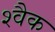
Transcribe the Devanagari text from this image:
श्वैक